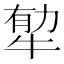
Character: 𤙼